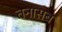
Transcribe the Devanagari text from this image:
तनासब